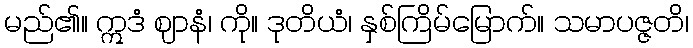
မည်၏။ ဣဒံ ဈာနံ၊ ကို။ ဒုတိယံ၊ နှစ်ကြိမ်မြောက်။ သမာပဇ္ဇတိ၊